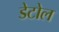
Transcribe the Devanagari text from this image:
डेटोल